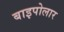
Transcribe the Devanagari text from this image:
बाइपोलार